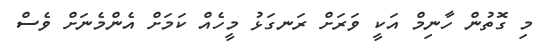
މި ގޮތުން ހާނިމް އަކީ ވަރަށް ރަނގަޅު މީހެއް ކަމަށް އެންމެނަށް ވެސް